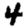
Digit: 4